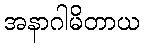
အနာဂါမိတာယ